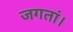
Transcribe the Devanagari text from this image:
जगतां।